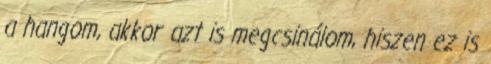
a hangom, akkor azt is megcsinálom, hiszen ez is